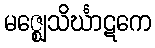
မဇ္ဈေသိင်္ဃာဋကေ